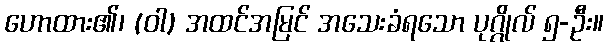
ဟောထား၏၊ (ဝါ) အထင်အမြင် အသေးခံရသော ပုဂ္ဂိုလ် ၅-ဦး။